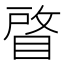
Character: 䁈